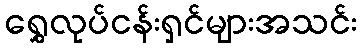
ရွှေလုပ်ငန်းရှင်များအသင်း